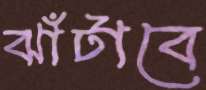
ঝাঁটাবে